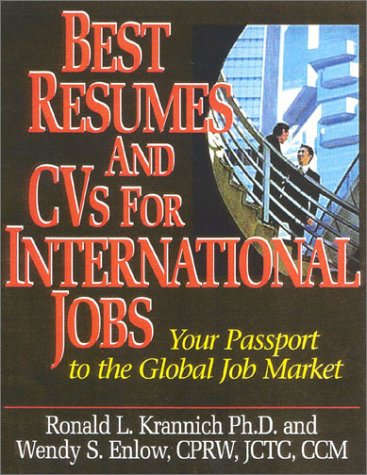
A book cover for Best Resumes And CVs For International Jobs: Your Passport to the Global Job Market; Ronald Krannich; Business & Money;